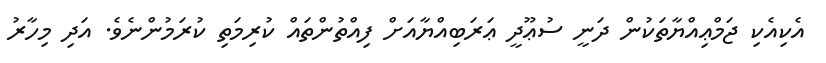
އެކިއެކި ޖަމްޢިއްޔާތަކުން ދަނީ ސުޢޫދީ ޢަރަބިއްޔާއަށް ފިއްތުންތައް ކުރިމަތި ކުރަމުންނެވެ. އަދި މިހާރު